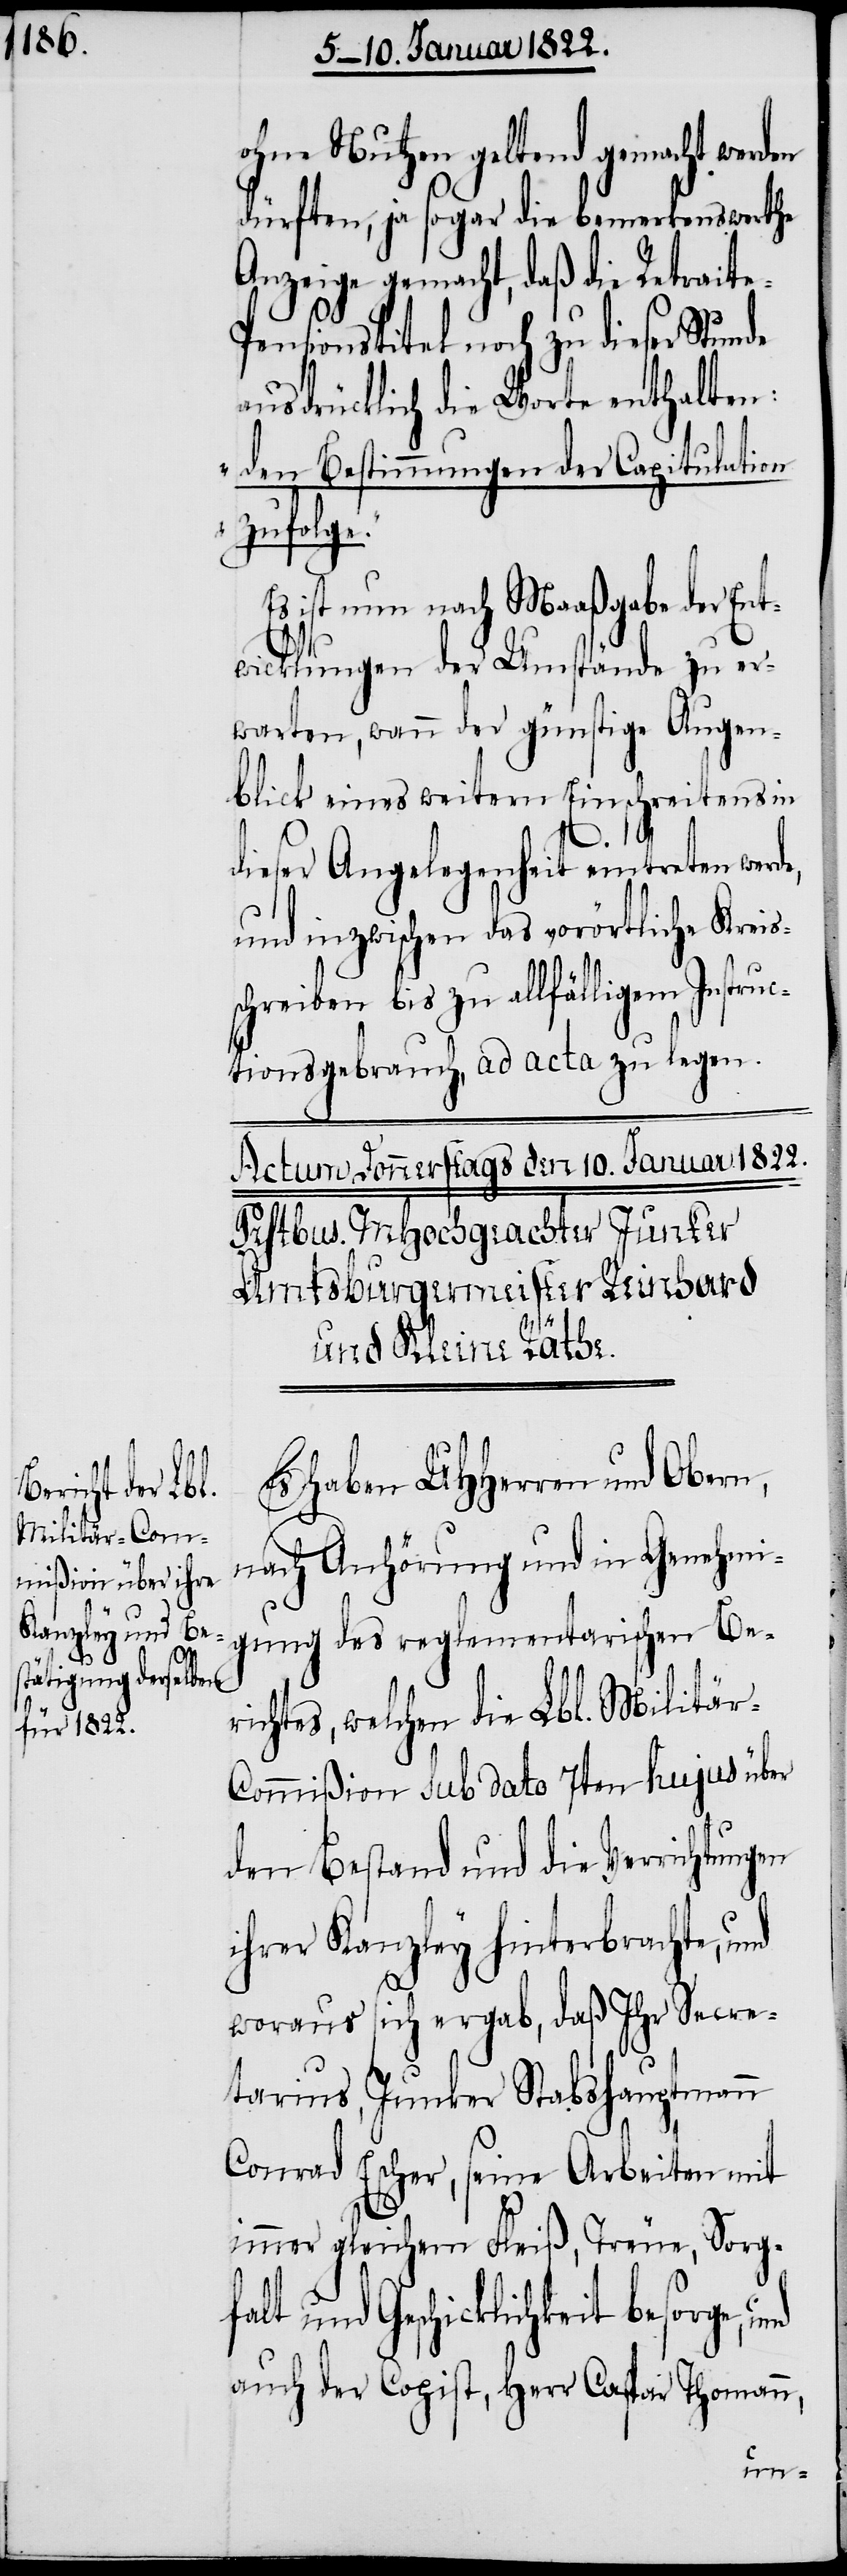
ohne Nutzen geltend gemacht werden
dürften, ja sogar die bemerkenswerthe
Anzeige gemacht, daß die Retrait¬
ensionstitel noch zu dieser Stunde
ausdrücklich die Worte enthalten:
„den Bestimmungen der Capitulation
zufolge.“
Es ist nun nach Maaßgabe der Ent¬
wicklungen der Umstände zu er¬
warten, wann der günstige Augen¬
blick eines weitern Einschreitens in
dieser Angelegenheit eintreten werd¬
und inzwischen das vorörtliche Kreis¬
schreiben bis zu allfälligem Instruc¬
tionsgebrauch, ad acta zu legen.
Es haben UHHerren und Obern,
nach Anhörung und in Genehmi¬
gung des reglementarischen Ber¬
ichtes, welchen die Lbl. Militär-C¬
ommißion sub dato 7ten hujus über
den Bestand und die Verrichtungen
ihrer Kanzley hinterbrachte, und
woraus sich ergab, daß Ihr Secre¬
tarius, Junker Stabshauptmann
Conrad Escher, seine Arbeiten mit
immer gleichem Fleiß, Treue, Sorgf¬
alt und Geschicklichkeit besorge, u¬
auch der Copist, Herr Caspar Thomann,
nd